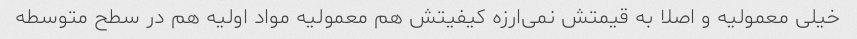
خیلی معمولیه و اصلا به قیمتش نمی‌ارزه کیفیتش هم معمولیه مواد اولیه هم در سطح متوسطه